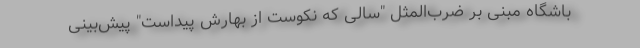
باشگاه مبنی بر ضرب‌المثل "سالی که نکوست از بهارش پیداست" پیش‌بینی